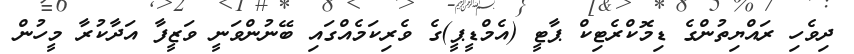
ދިވެހި ރައްޔިތުންގެ ޑިމޮކްރެޓިކް ޕާޓީ (އެމްޑީޕީ)ގެ ވެރިކަމެއްގައި ބޭނުންވަނީ ވަޒީފާ އަދާކުރާ މީހުން